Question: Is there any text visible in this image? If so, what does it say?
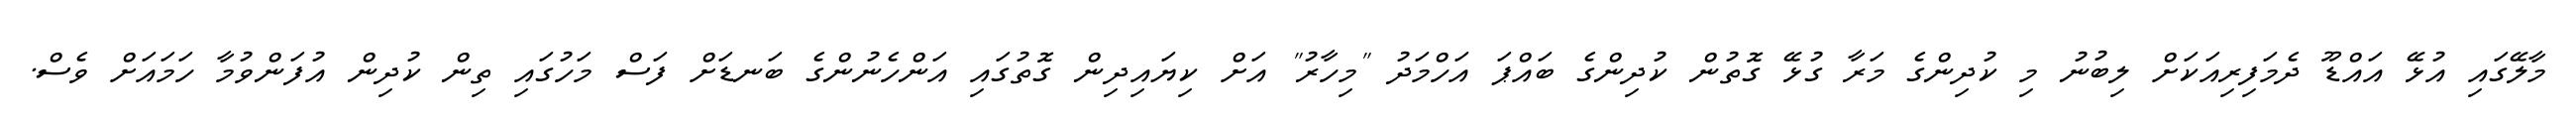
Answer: މާލޭގައި އުޅޭ އައްޑޫ ދެމަފިރިއަކަށް ލިބުނު މި ކުދިންގެ މަރާ ގުޅޭ ގޮތުން ކުދިންގެ ބައްޕަ އަހްމަދު "މިހާރު" އަށް ކިޔައިދިން ގޮތުގައި އަންހެނުންގެ ބަނޑަށް ފަސް މަހުގައި ތިން ކުދިން އުފަންވުމާ ހަމައަށް ވެސް.